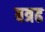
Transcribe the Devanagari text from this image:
बत्रढ